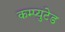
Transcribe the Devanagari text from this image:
कम्प्युटेड